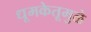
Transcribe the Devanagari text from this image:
धूमकेतूमुळे